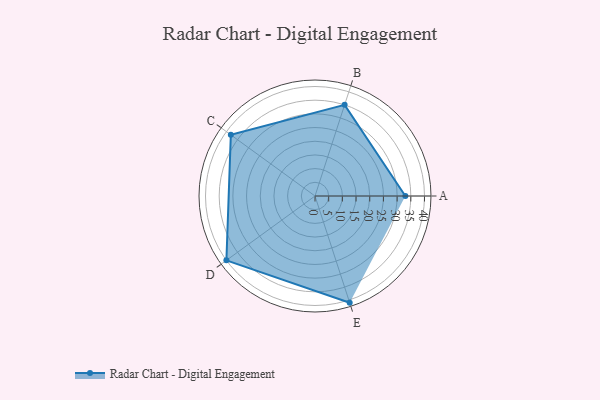
{"axis": {"x": "Skill", "y": "Score"}, "legend": ["Profile"], "data": [{"x": "A", "y": 33.0, "type": "Profile"}, {"x": "B", "y": 35.0, "type": "Profile"}, {"x": "C", "y": 38.0, "type": "Profile"}, {"x": "D", "y": 40.0, "type": "Profile"}, {"x": "E", "y": 41.0, "type": "Profile"}]}